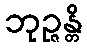
ဘုဉ္ဇန္တိ